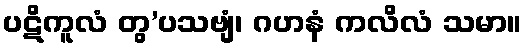
ပဋိကူလံ တွ’ပသဗျံ၊ ဂဟနံ ကလိလံ သမာ။